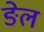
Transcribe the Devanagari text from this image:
ङेल